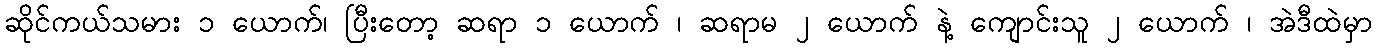
ဆိုင်ကယ်သမား ၁ ယောက်၊ ပြီးတော့ ဆရာ ၁ ယောက် ၊ ဆရာမ ၂ ယောက် နဲ့ ကျောင်းသူ ၂ ယောက် ၊ အဲဒီထဲမှာ